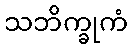
သဘိက္ခုကံ